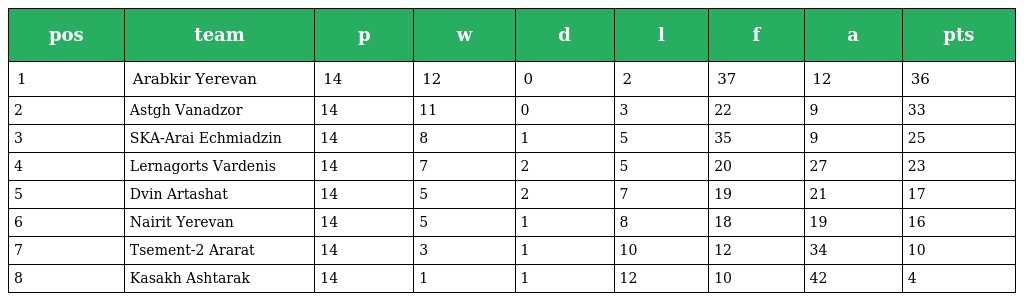
| pos | team | p | w | d | l | f | a | pts |
 | --- | --- | --- | --- | --- | --- | --- | --- | --- |
 | 1 | Arabkir Yerevan | 14 | 12 | 0 | 2 | 37 | 12 | 36 |
 | 2 | Astgh Vanadzor | 14 | 11 | 0 | 3 | 22 | 9 | 33 |
 | 3 | SKA-Arai Echmiadzin | 14 | 8 | 1 | 5 | 35 | 9 | 25 |
 | 4 | Lernagorts Vardenis | 14 | 7 | 2 | 5 | 20 | 27 | 23 |
 | 5 | Dvin Artashat | 14 | 5 | 2 | 7 | 19 | 21 | 17 |
 | 6 | Nairit Yerevan | 14 | 5 | 1 | 8 | 18 | 19 | 16 |
 | 7 | Tsement-2 Ararat | 14 | 3 | 1 | 10 | 12 | 34 | 10 |
 | 8 | Kasakh Ashtarak | 14 | 1 | 1 | 12 | 10 | 42 | 4 |